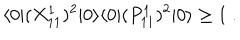
\langle 0 | ( X _ { 1 1 } ^ { 1 } ) ^ { 2 } | 0 \rangle \langle 0 | ( P _ { 1 1 } ^ { 1 } ) ^ { 2 } | 0 \rangle \geq 1 \ .